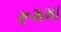
રૂમમા